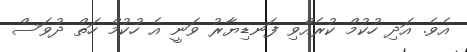
އެވެ. އަދި ހުކުމް ކުރެއްވި ފަނޑިޔާރު ވަނީ އެ ހުކުމް ހަތް ދުވަސް